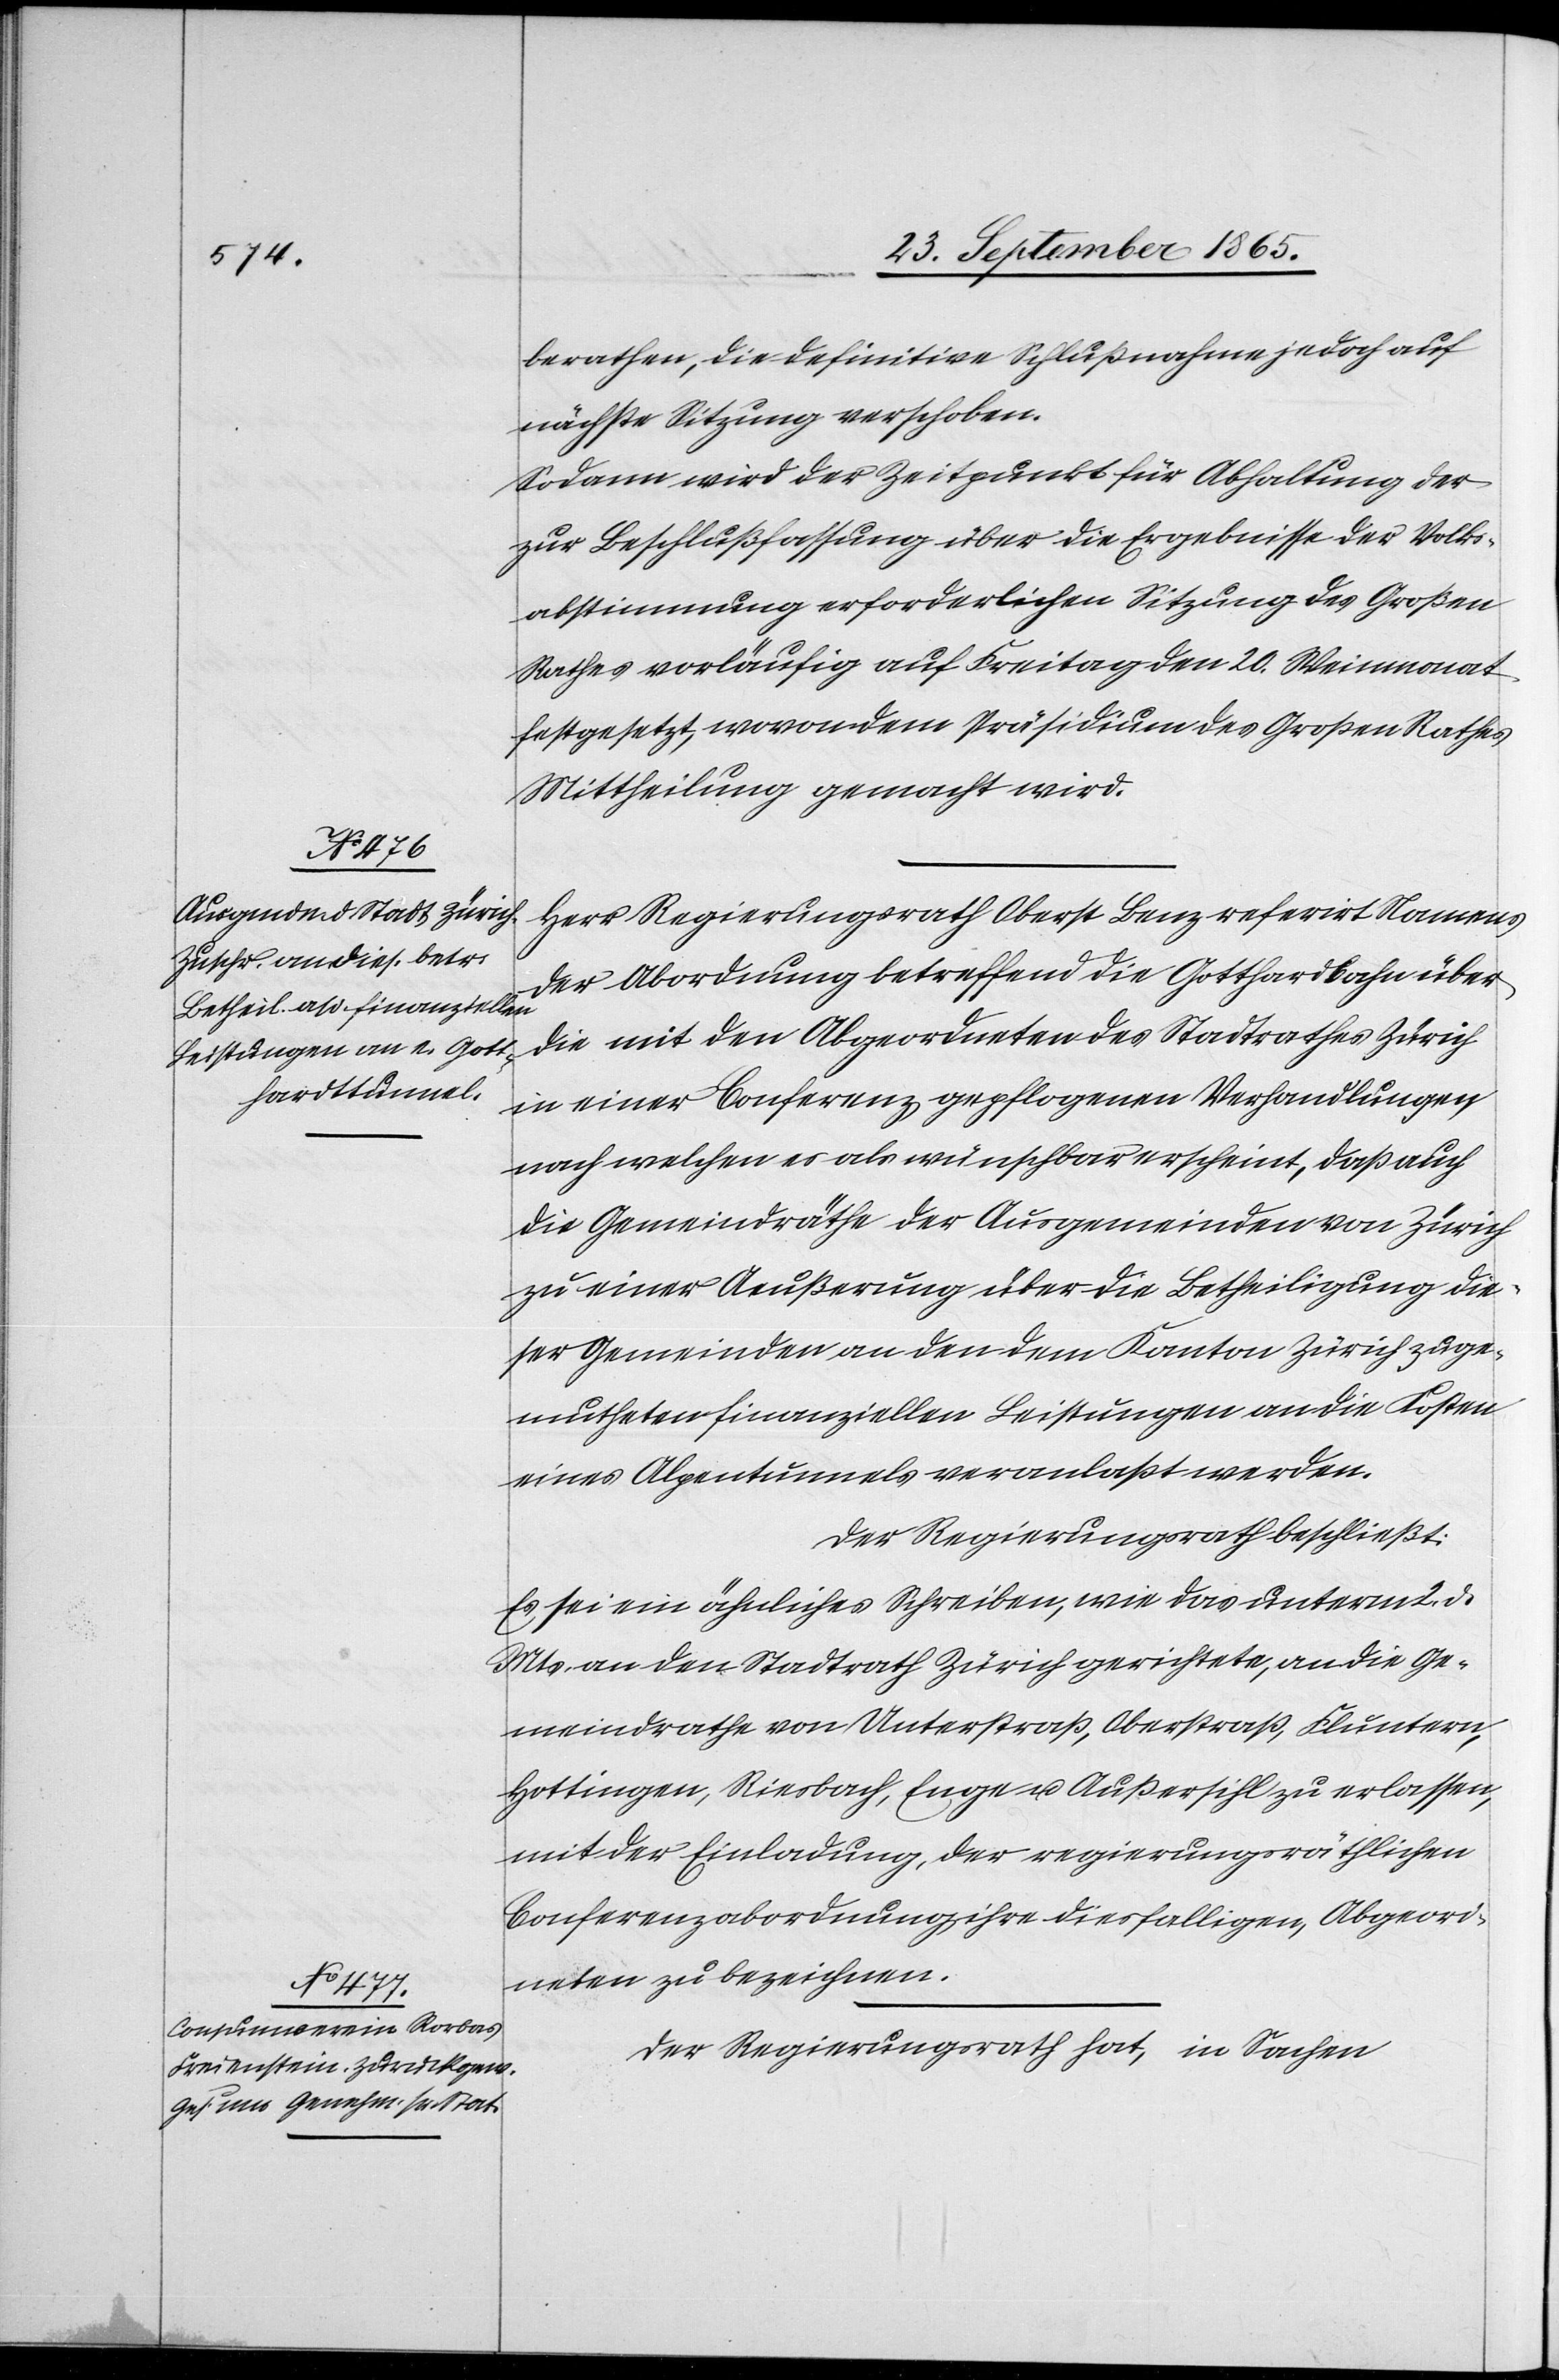
berathen, die definitive Schlußnahme jedoch auf
nächste Sitzung verschoben.
Sodann wird der Zeitpunkt für Abhaltung der
zur Beschlußfassung über die Ergebnisse der Volks¬
abstimmung erforderlichen Sitzung des Großen
Rathes vorläufig auf Freitag den 20. Weinmonat
festgesetzt, wovon dem Präsidium des Großen Rathes
Mittheilung gemacht wird.
Herr Regierungsrath Oberst Benz referirt Namens
der Abordnung betreffend die Gotthardbahn über
die mit den Abgeordneten des Stadtrathes Zürich
in einer Conferenz gepflogenen Verhandlungen,
nach welchen es als wünschbar erscheint, daß auch
die Gemeindräthe der Ausgemeinden von Zürich
zu einer Aeußerung über die Betheiligung die¬
ser Gemeinden an den dem Kanton Zürich zuge¬
mutheten finanziellen Leistungen an die Kosten
eines Alpentunnels veranlaßt werden.
Der Regierungsrath beschließt:
Es sei ein ähnliches Schreiben, wie das unterm 2. d.
Mts. an den Stadtrath Zürich gerichtete, an die Ge¬
meindrathe von Unterstraß, Oberstraß, Fluntern,
Hottingen, Riesbach, Enge u. Außersihl zu erlassen
mit der Einladung, der regierungsräthlichen
Conferenzabordnung ihre diesfalligen, Abgeord¬
neten zu bezeichnen.